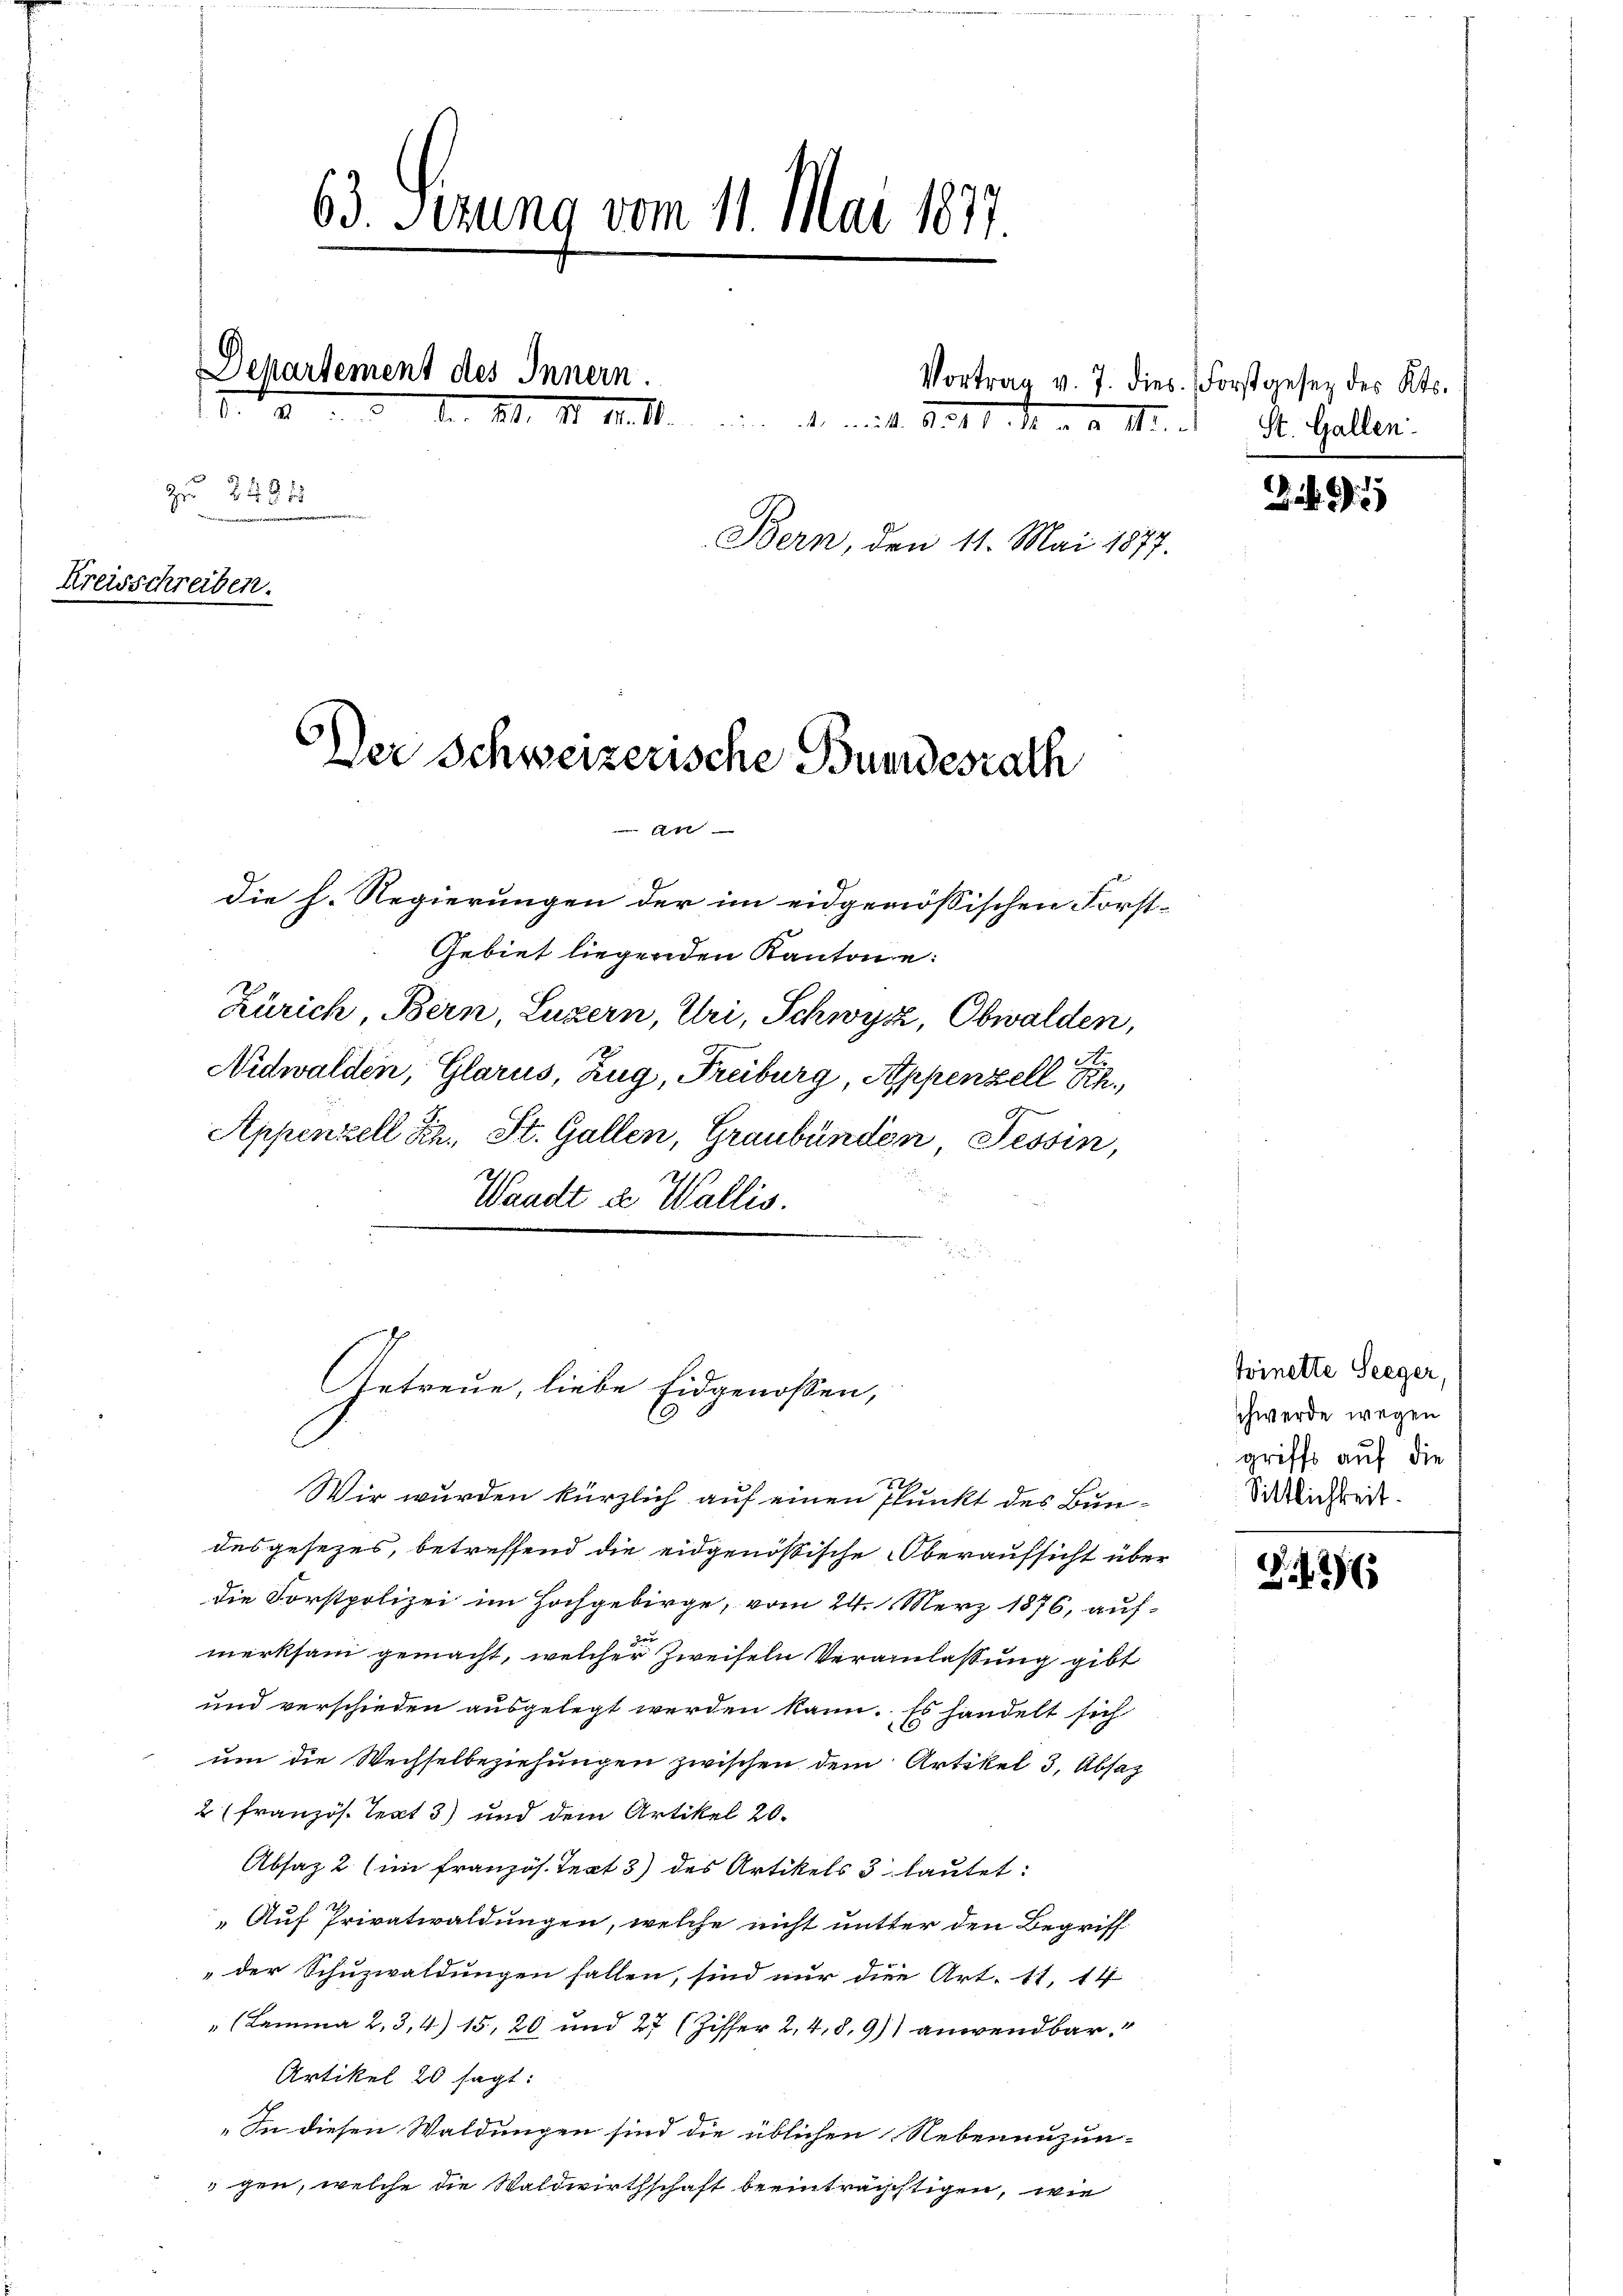
63. Sezung vom 11. Mai 1877.
Departement des Innern.
17.
b. S. 11. M. d. d. mit 8. 11. M. III. St. Gallen.
zu 2481
24
Bern, den 11. Mai 1877.
Kreisschreiben.
Der Schweizerische Bundesrath
Art
die h. Regierungen der im eidgenössischen Forst-

Gebiet liegenden Kantone:
Zürich, Bern Luzern, Uri, Schwyz, Obwalden,
Nidwalden, Glarus Zug, Freiburg Appenzell Sch.,
Appenzell hin. St. Gallen, Graubünden Tessin,
Waadt des Wallis.
Wir wurden kürzlich auf einen Punkt des Bun-
desgesezes, betreffend die eidgenößische Oberaufsicht über
die Forstpolizei im Hochgebirge, vom 24. Merz 1876, auf-
zur
merksam gemacht, welcher Zweifeln Veranlassung gibt
und verschieden ausgelegt werden kann. Es handelt sich
um die Wechselbeziehungen zwischen dem Artikel 3, Absaz
2 (französ. Teat 3) und dem Artikel 20.
Absaz 2 (im französ. Text 3) des Artikels 3 lautet:
Auf Privatwaldungen, welche nicht mitter den Begriff
"der Schuzwaldungen fallen, sind nur die Art. 11, 14
" (Lamma 2, 3,4) 15, 20 und 27 (Ziffer 2, 4, 8,9) anwendbar
Artikel 20 sagt:
„In diesen Waldungen sind die üblichen Nebenenzun-
gen, welche die Waldwirthschaft beeinträgstigen, wie

Getreue, liebe Eidgenossen,
l

Vortrag v. 7. dies. Forstgesez des Kts.

3 95

Zvinette Seeger,
schwerde wegen
griffe auf die
Sittlichkeit.

.12